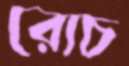
রোচ